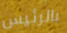
بالرئيس